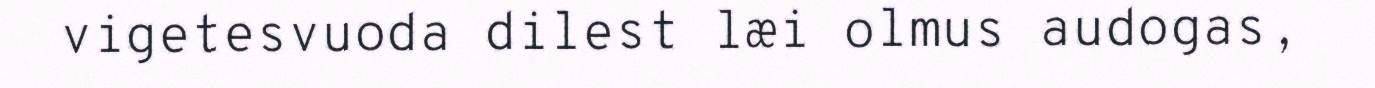
vigetesvuoda dilest læi olmus audogas,